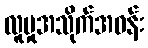
လူမှုအသိုက်အဝန်း